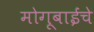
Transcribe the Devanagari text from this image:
मोगूबाईंचे